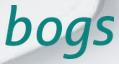
bogs